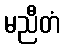
မညီတံ